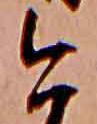
今